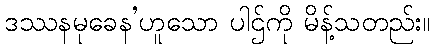
ဒဿနမုခေန’ဟူသော ပါဌ်ကို မိန့်သတည်း။